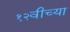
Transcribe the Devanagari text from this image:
१२वीच्या